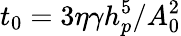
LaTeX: t_{0}=3\eta\gamma h_{p}^{5}/A_{0}^{2}